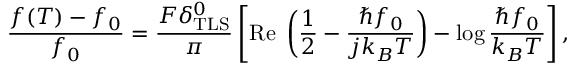
\frac { f ( T ) - f _ { 0 } } { f _ { 0 } } = \frac { F \delta _ { \mathrm { T L S } } ^ { 0 } } { \pi } \left[ \operatorname { R e \Psi } \left( \frac { 1 } { 2 } - \frac { \hbar f _ { 0 } } { j k _ { B } T } \right) - \log \frac { \hbar f _ { 0 } } { k _ { B } T } \right] ,